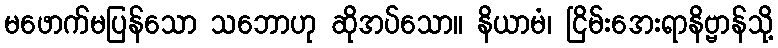
မဖောက်မပြန်သော သဘောဟု ဆိုအပ်သော။ နိယာမံ၊ ငြိမ်းအေးရာနိဗ္ဗာန်သို့